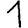
Digit: 1